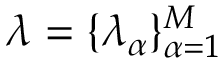
\boldsymbol { \lambda } = \{ \lambda _ { \alpha } \} _ { \alpha = 1 } ^ { M }